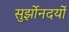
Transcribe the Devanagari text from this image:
सुर्झोनदर्यो